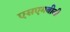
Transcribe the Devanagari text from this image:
एसएमबीजी